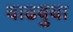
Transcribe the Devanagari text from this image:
वाढवुया